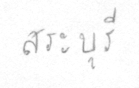
สระบุรี